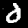
Digit: 0